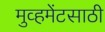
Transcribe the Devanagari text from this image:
मुव्हमेंटसाठी